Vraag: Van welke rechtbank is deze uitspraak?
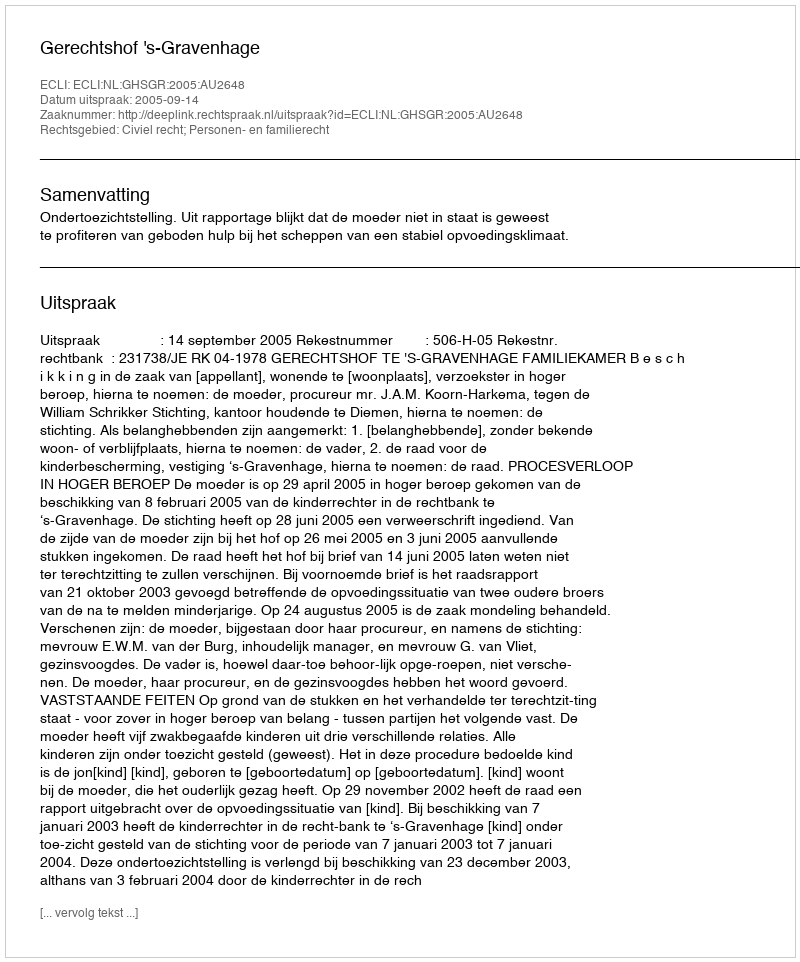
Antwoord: Gerechtshof 's-Gravenhage